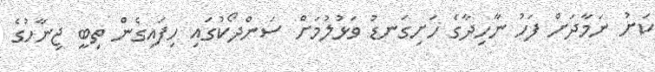
ކަށު ނަމާދަށް ފަހު ނާހިދާގެ ހަށިގަނޑު ވަޅުލުމަށް ސަންދޯކުގައި ހިފައިގެން ތިބީ ޖިނާހުގެ